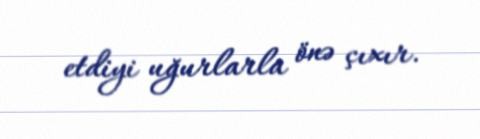
etdiyi uğurlarla önə çıxır.